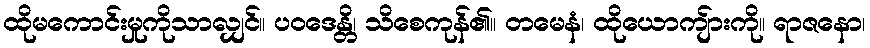
ထိုမကောင်းမှုကိုသာလျှင်။ ပဝဒေန္တိ၊ သိစေကုန်၏။ တမေနံ၊ ထိုယောကျ်ားကို။ ရာဇနော၊